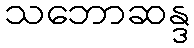
သဘောဆန္ဒ